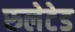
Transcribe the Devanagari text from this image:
रुलेटेड